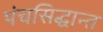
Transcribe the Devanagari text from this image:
पंचसिद्धान्त